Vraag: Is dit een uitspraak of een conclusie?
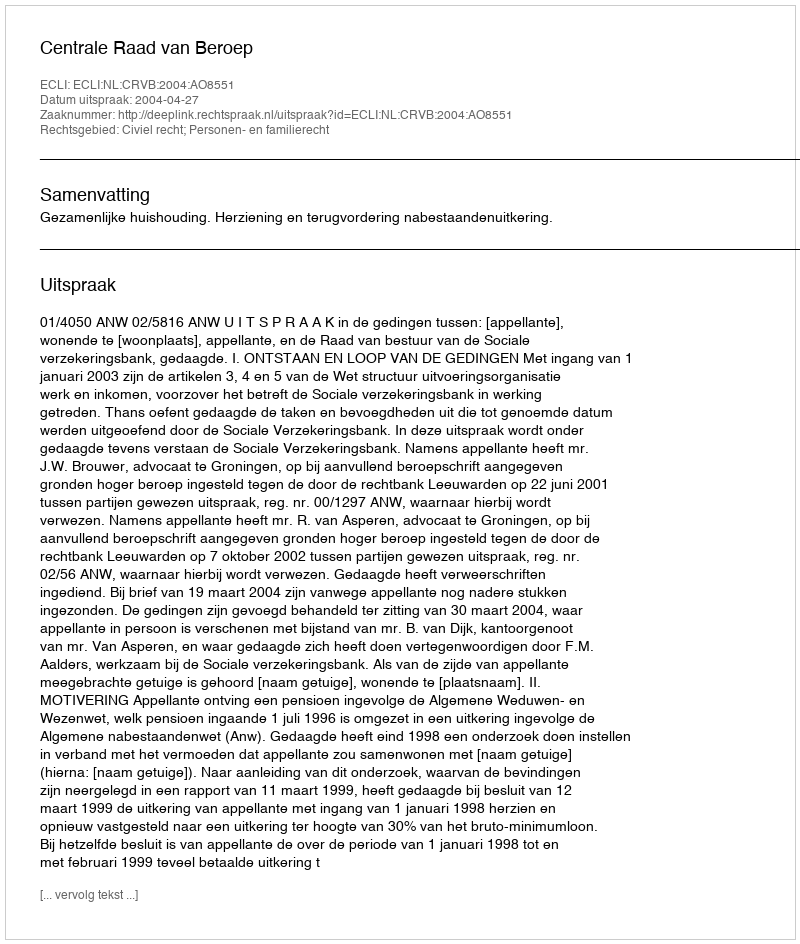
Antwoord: Uitspraak